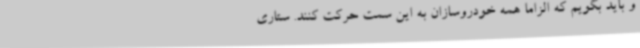
و باید بگویم که الزاما همه خودروسازان به این سمت حرکت کنند. ستاری